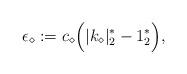
LaTeX: \begin{align*}\epsilon_{\diamond} := c_{\diamond} \Big( |k_{\diamond}|_{2}^{*} - 1_{2}^{*} \Big),\end{align*}